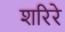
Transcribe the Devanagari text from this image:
शरिरे